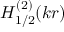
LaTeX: H _ { 1 / 2 } ^ { ( 2 ) } ( k r )